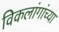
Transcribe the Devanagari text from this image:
विकलांगांच्या